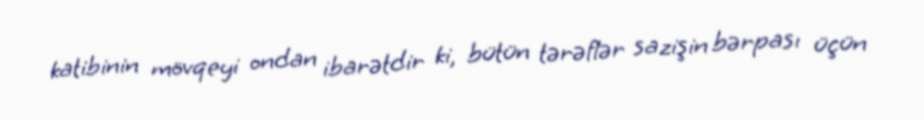
katibinin mövqeyi ondan ibarətdir ki, bütün tərəflər sazişin bərpası üçün